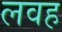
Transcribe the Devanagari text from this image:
लवह